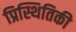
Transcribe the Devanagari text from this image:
प्रिस्थितिकी